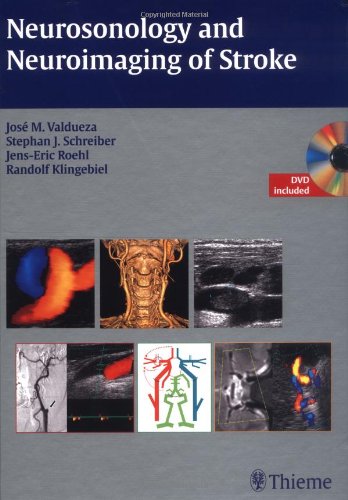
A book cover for Neurosonology and Neuroimaging of Stroke; Jose M. Valdueza; Health, Fitness & Dieting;